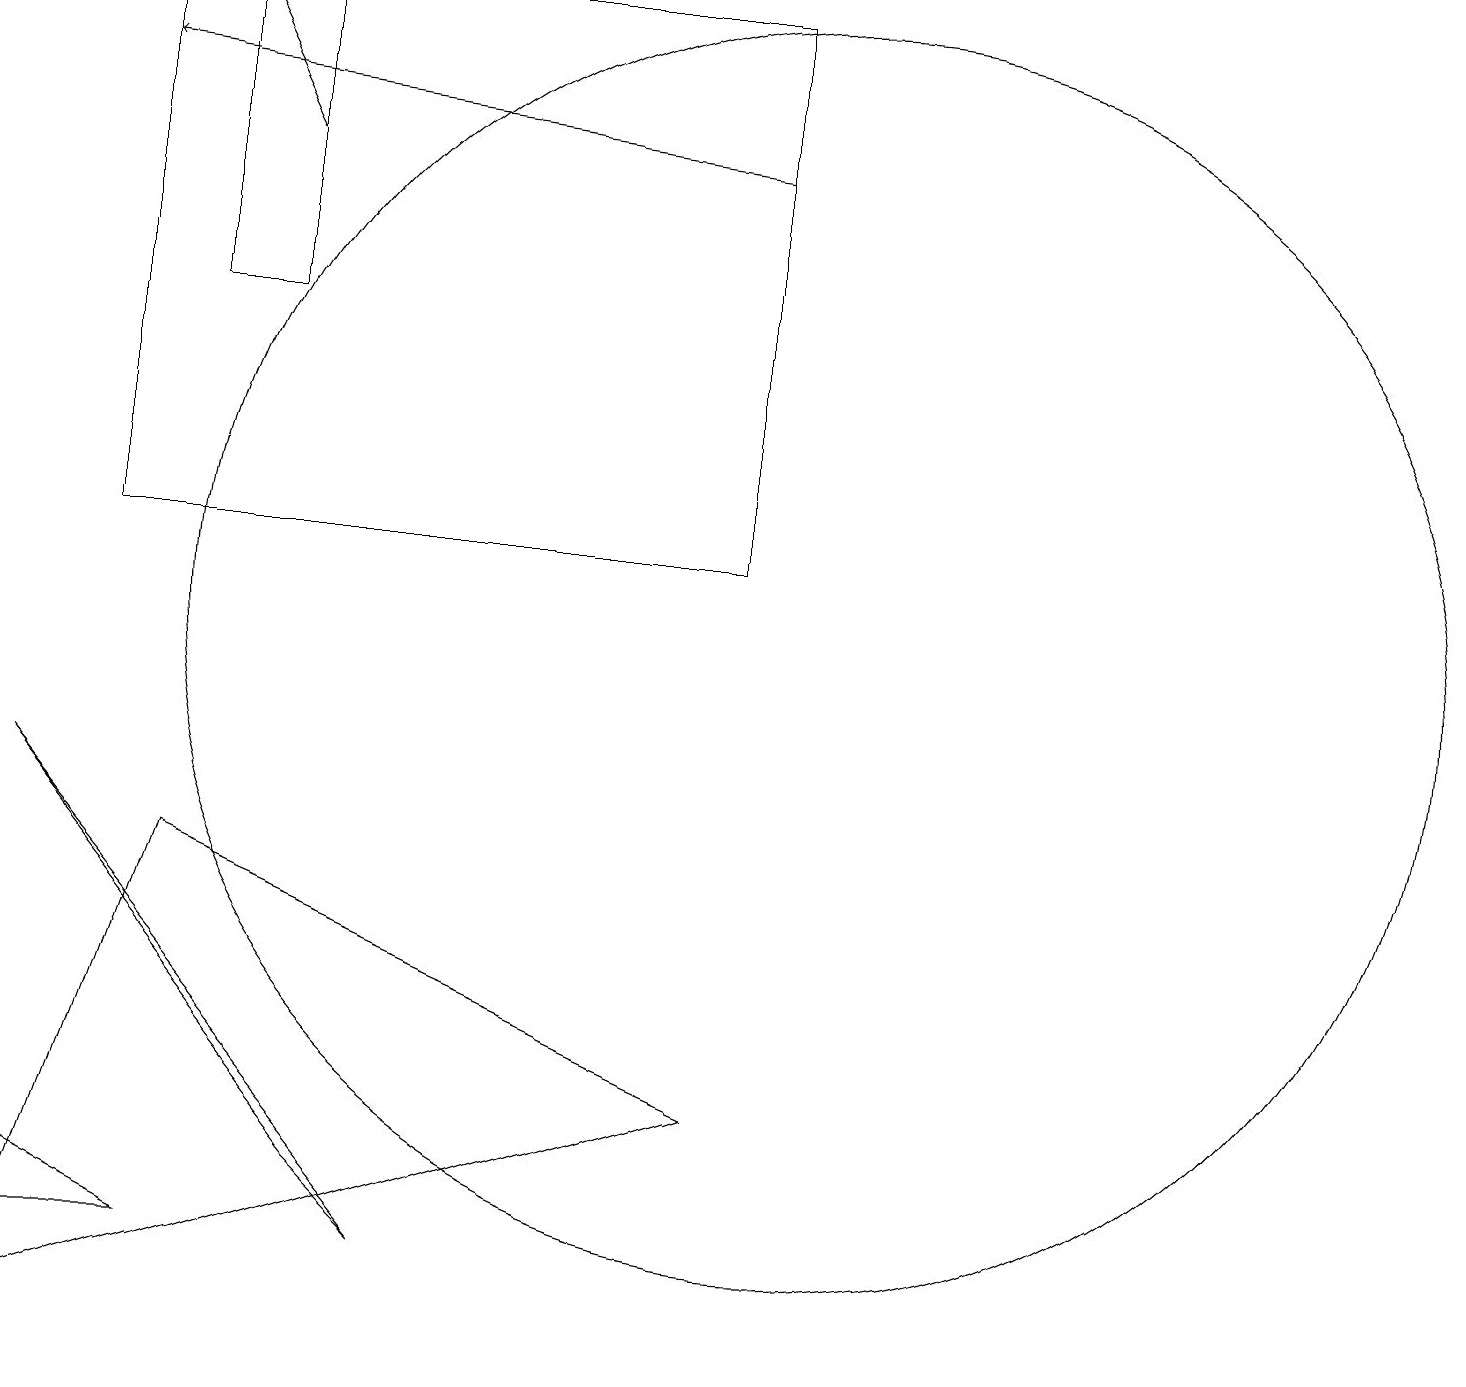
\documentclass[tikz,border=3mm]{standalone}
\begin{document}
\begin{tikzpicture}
\draw (2,2) -- (0,2) -- (0,3) -- cycle;
\draw[->] (9,16) -- (1,17);
\draw (10,10) circle (8);
\draw (3,14) rectangle (2,18);
\draw (1,18) rectangle (9,11);
\draw[->] (3,16) -- (2,18);
\draw (0,8) -- (5,2) -- (4,3) -- cycle;
\draw (2,7) -- (9,4) -- (0,1) -- cycle;
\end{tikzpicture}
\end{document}